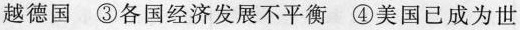
越德国 ③各国经济发展不平衡 ④美国已成为世